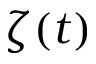
\zeta ( t )